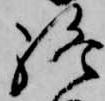
終